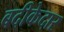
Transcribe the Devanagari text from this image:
बदीकेदार